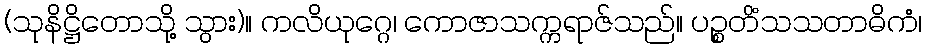
(သုနိဋ္ဌိတောသို့ သွား)။ ကလိယုဂ္ဂေ၊ ကောဇာသက္ကရာဇ်သည်။ ပဉ္စတိံသသတာဓိကံ၊